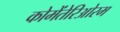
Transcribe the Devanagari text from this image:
कोमेंतेरिओरम